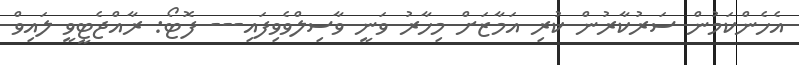
އެހެންކަމުން ސަރުކާރުން ކުރި އަމާޒަށް މިހާރު ވަނީ ވާސިލްވެވިފައި--- ފޮޓޯ: ރާއްޖެޓީވީ ލައިވް